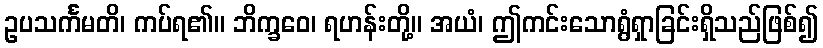
ဥပသင်္ကမတိ၊ ကပ်ရ၏။ ဘိက္ခဝေ၊ ရဟန်းတို့။ အယံ၊ ဤကင်းသောရွံရှာခြင်းရှိသည်ဖြစ်၍